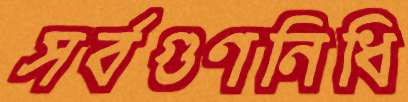
সর্বগুণনিধি